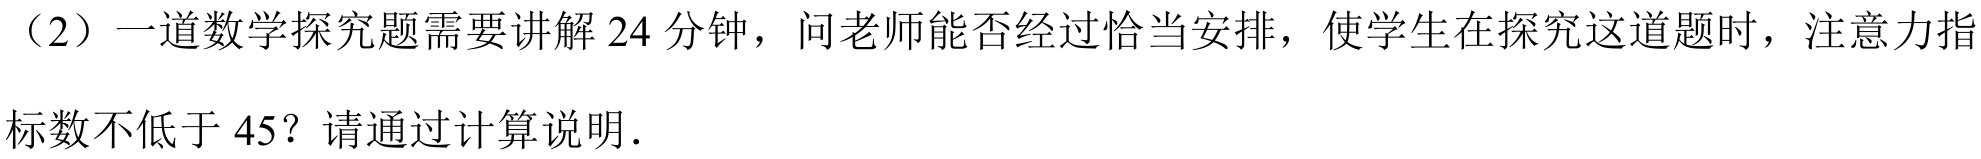
（2）一道数学探究题需要讲解 \(24\) 分钟，问老师能否经过恰当安排，使学生在探究这道题时，注意力指
标数不低于 \(45\)？请通过计算说明.